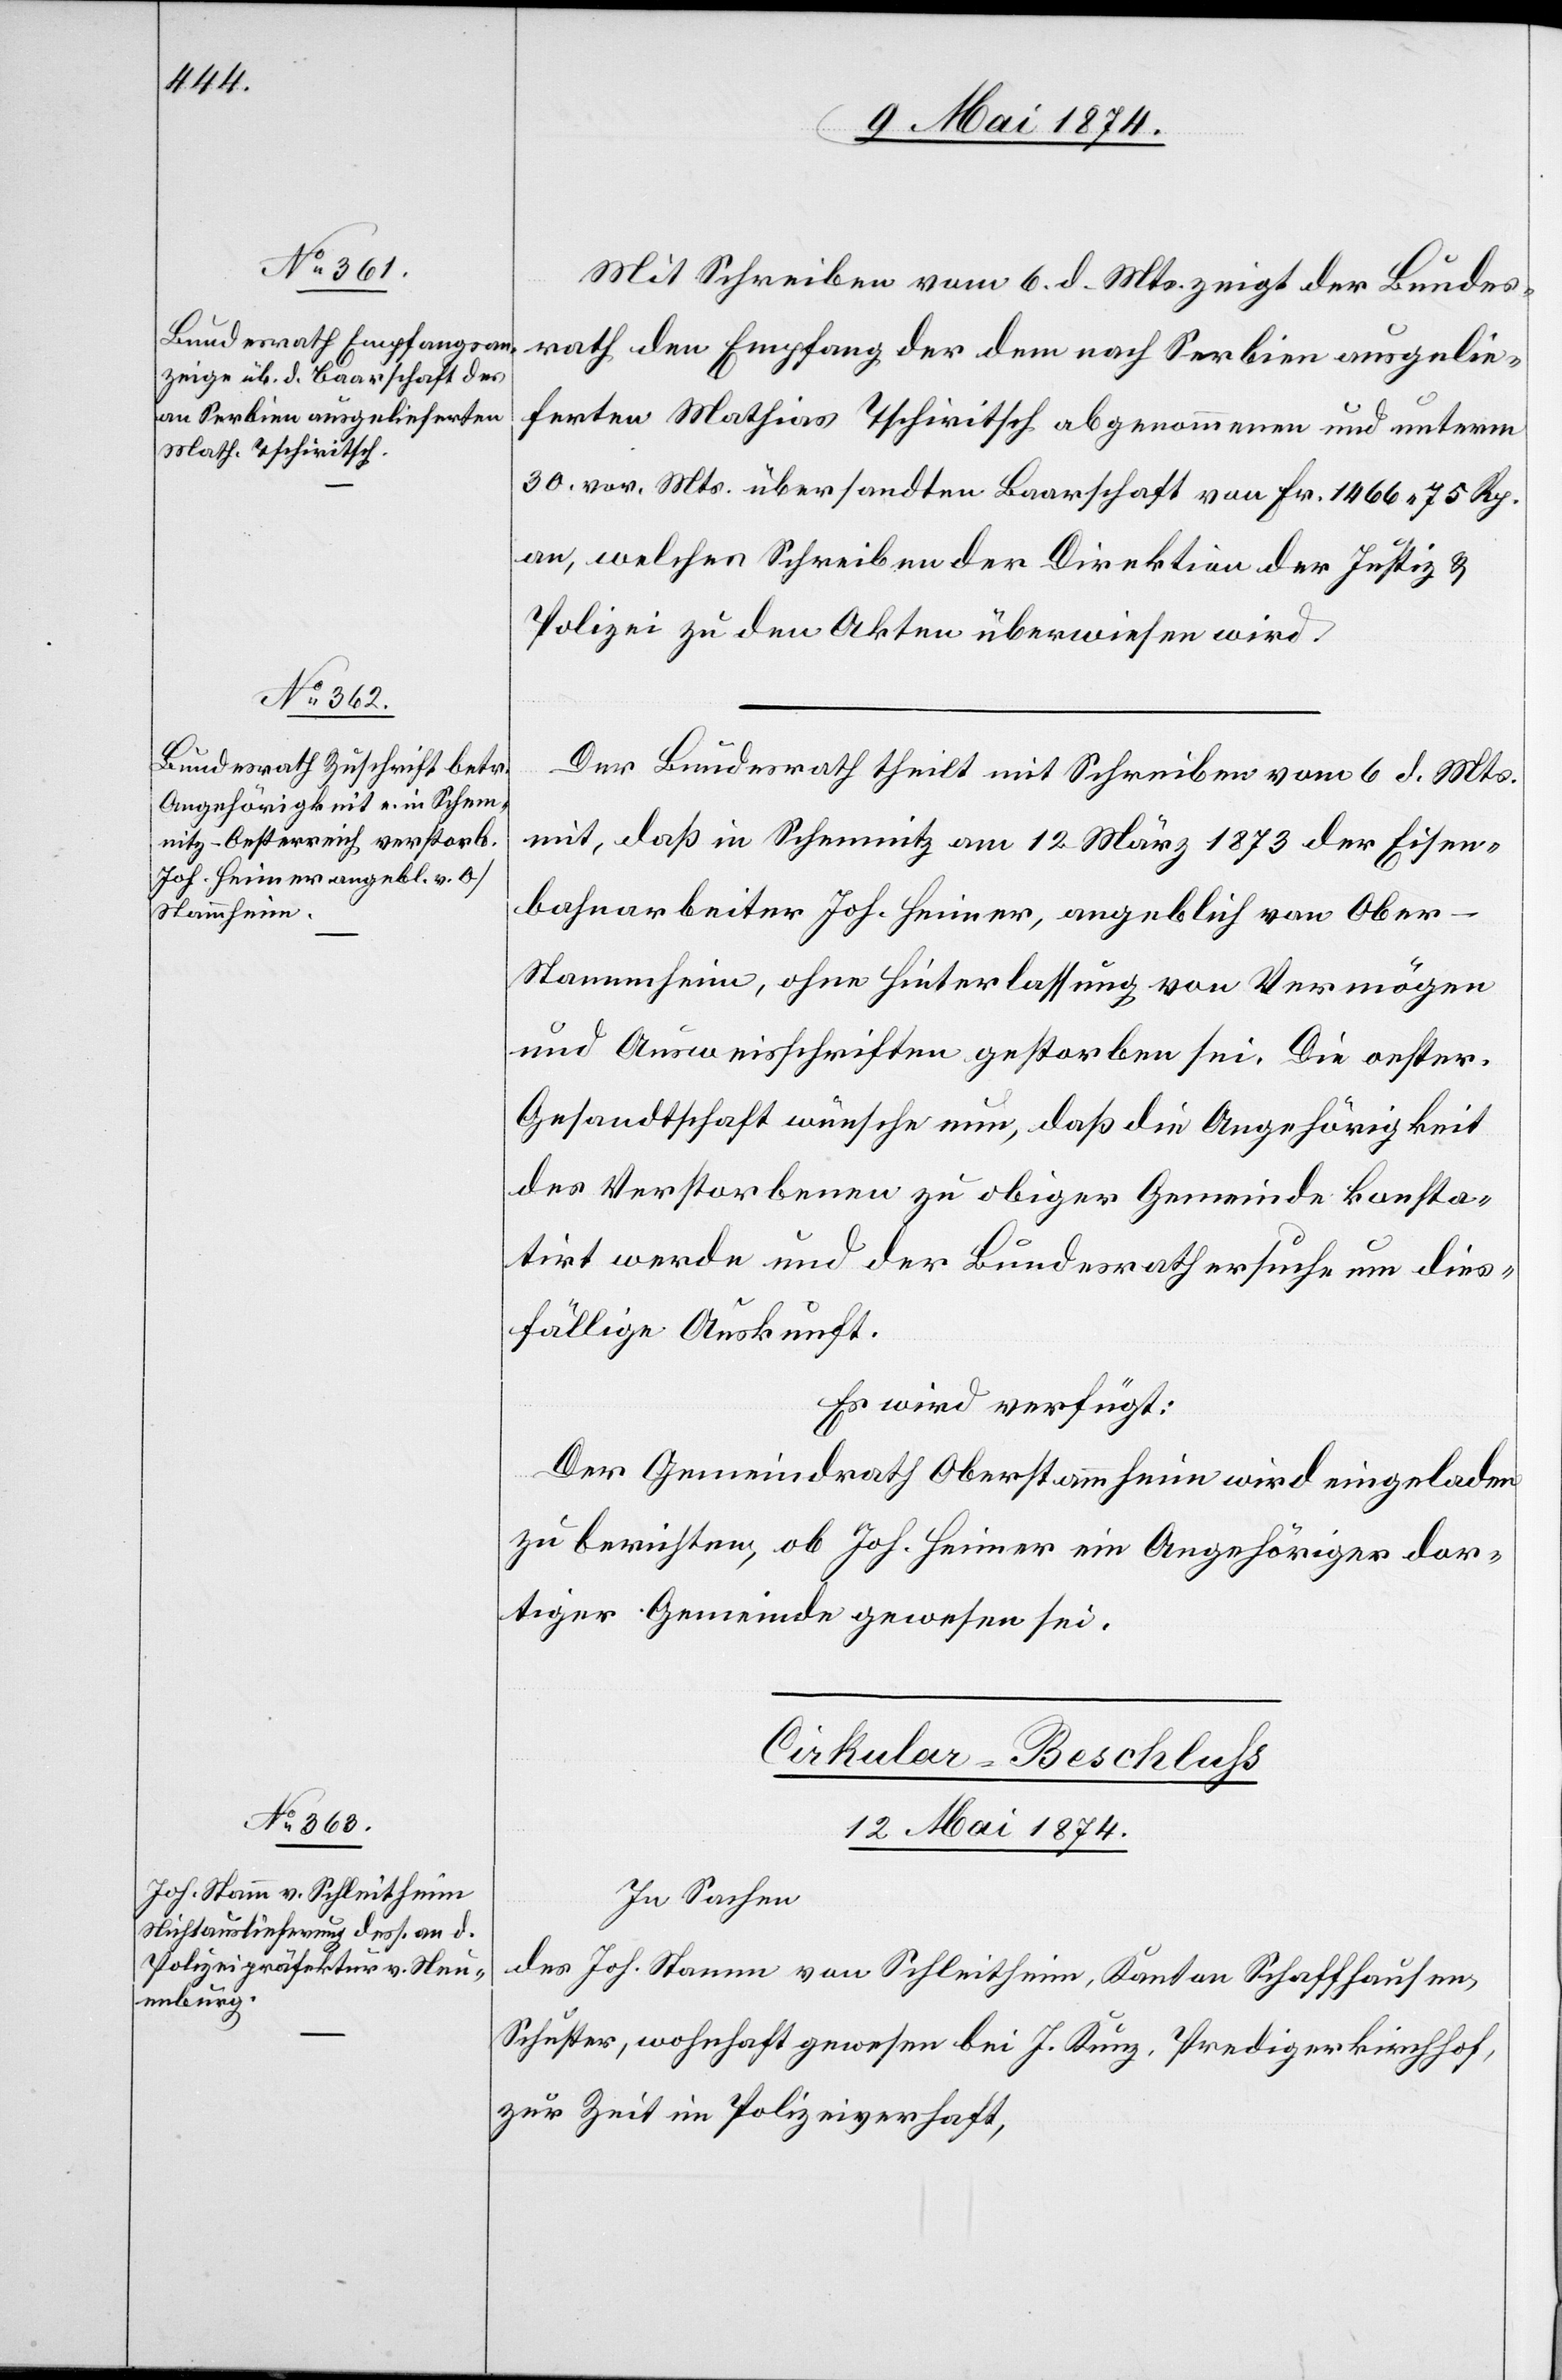
Mit Schreiben vom 6. d. Mts. zeigt der Bundes¬
rath den Empfang der dem nach Serbien ausgelie¬
ferten Mathias Tschiritsch abgenommenen und unterm
30. vor. Mts. übersandten Baarschaft von Fr. 1466.75 Rp.
an, welches Schreiben der Direktion der Justiz u.
Polizei zu den Akten überwiesen wird.
Der Bundesrath theilt mit Schreiben vom 6. d. Mts.
mit, daß in Schemnitz am 12. März 1873 der Eisen¬
bahnarbeiter Joh. Heiner, angeblich von Ober-S¬
tammheim, ohne Hinterlassung von Vermögen
und Ausweisschriften gestorben sei. Die oester.
Gesandtschaft wünsche nun, daß die Angehörigkeit
des Verstorbenen zu obiger Gemeinde konsta¬
tirt werde und der Bundesrath ersuche um dies¬
fällige Auskunft.
Es wird verfügt:
Der Gemeindrath Oberstammheim wird eingeladen
zu berichten, ob Joh. Heiner ein Angehöriger dor¬
tiger Gemeinde gewesen sei.
Cirkular-Beschluß.
12. Mai 1874.
In Sachen
des Joh. Stamm von Schleitheim, Kanton Schaffhausen,
Schuster, wohnhaft gewesen bei J. Kunz, Predigerkirchhof,
zur Zeit in Polizeiverhaft,